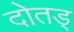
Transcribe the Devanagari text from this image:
दोतड्